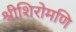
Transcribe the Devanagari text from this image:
श्रीशिरोमणि